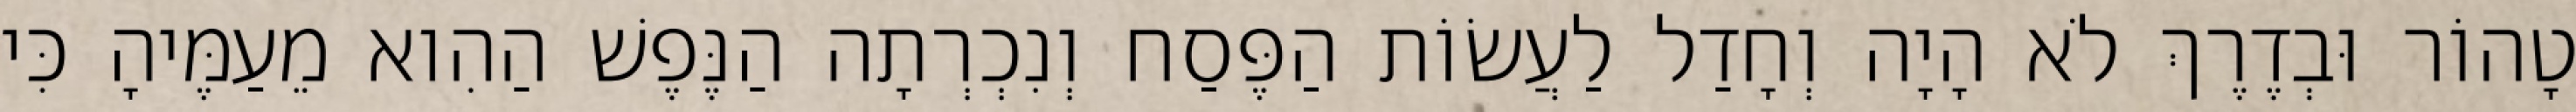
טָהוֹר וּבְדֶרֶךְ לֹא הָיָה וְחָדַל לַעֲשׂוֹת הַפֶּסַח וְנִכְרְתָה הַנֶּפֶשׁ הַהִוא מֵעַמֶּיהָ כִּי